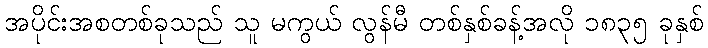
အပိုင်းအစတစ်ခုသည် သူ မကွယ် လွန်မီ တစ်နှစ်ခန့်အလို ၁၈၃၅ ခုနှစ်